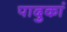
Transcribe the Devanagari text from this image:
पादुकां